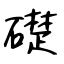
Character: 礎